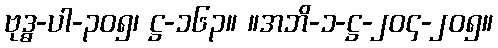
ဗုဒ္ဓ-ပါ-၃၀၅၊ ဋ္ဌ-၁၆၃။ ။အဘိ-၁-ဋ္ဌ-၂၀၄-၂၀၅။